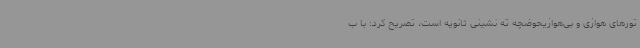
تورهای هوازی و بی‌هوازیحوضچه ته نشینی ثانویه است، تصریح کرد: با ب